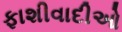
ફાશીવાદીઓ